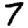
Digit: 7